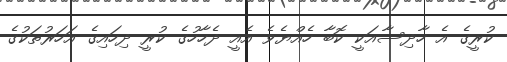
ކުރީގެ އެ ހާދިސާއަކީ ކޮބާ ހެއްޔެވެ އެއީ ދެހާހުގެ ކުރީ ދިހައިގެ އަހަރުތަކުގެ